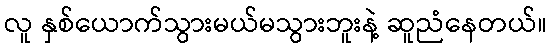
လူ နှစ်ယောက်သွားမယ်မသွားဘူးနဲ့ ဆူညံနေတယ်။